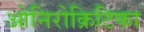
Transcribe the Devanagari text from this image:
ओनिरोक्रिटिका